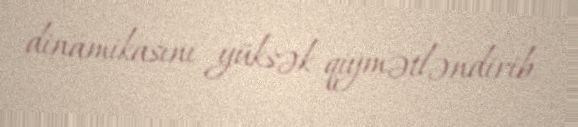
dinamikasını yüksək qiymətləndirib.